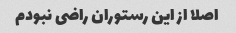
اصلا از این رستوران راضی نبودم